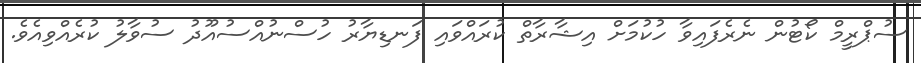
ސުޕްރީމް ކޯޓުން ނެރެފައިވާ ހުކުމަށް އިޝާރާތް ކުރައްވައި ފަނޑިޔާރު ހުސްނުއްސުއޫދު ސުވާލު ކުރެއްވިއެވެ.